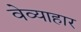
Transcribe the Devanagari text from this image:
वेव्याहार